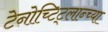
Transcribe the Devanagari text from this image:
टेनोच्टिट्लान्च्या